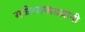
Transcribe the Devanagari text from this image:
राजेरजवाडय़ांनी